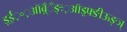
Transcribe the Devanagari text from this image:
ड़्ईं़॰़ऑब़्ँँँङ्ः़ऑड़्फ्ङीऊङ्ञ्